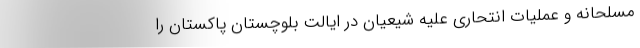
مسلحانه و عملیات‌ انتحاری علیه شیعیان در ایالت بلوچستان پاکستان را